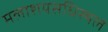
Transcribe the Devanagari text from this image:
मलाशयसधिस्थल